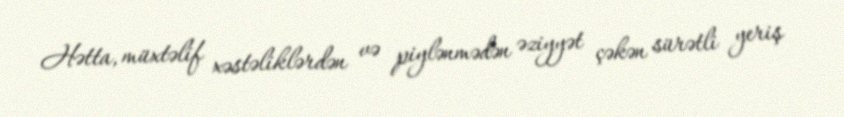
Hətta, müxtəlif xəstəliklərdən və piylənmədən əziyyət çəkən sürətli yeriş